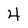
Character: 4